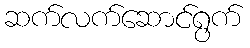
ဆက်လက်ဆောင်ရွက်